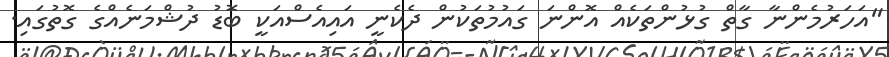
"އަހަރުމެންނާ ގާތް ގުޅުންތަކެއް އޮންނަ ގައުމުތަކުން ދެކެނީ އައިއެސްއަކީ ބޮޑު ދުޝްމަނެއްގެ ގޮތުގައި.